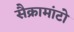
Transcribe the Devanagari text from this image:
सैक्रामांटो